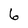
Character: 6